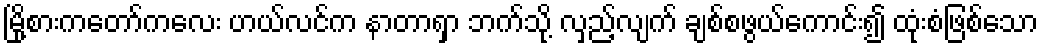
မြို့စားကတော်ကလေး ဟယ်လင်က နာတာရှာ ဘက်သို့ လှည့်လျက် ချစ်စဖွယ်ကောင်း၍ ထုံးစံဖြစ်သော